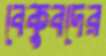
বেকুবদের